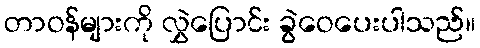
တာဝန်များကို လွှဲပြောင်း ခွဲဝေပေးပါသည်။